Scottish Leaving Certificate Examination, 1958
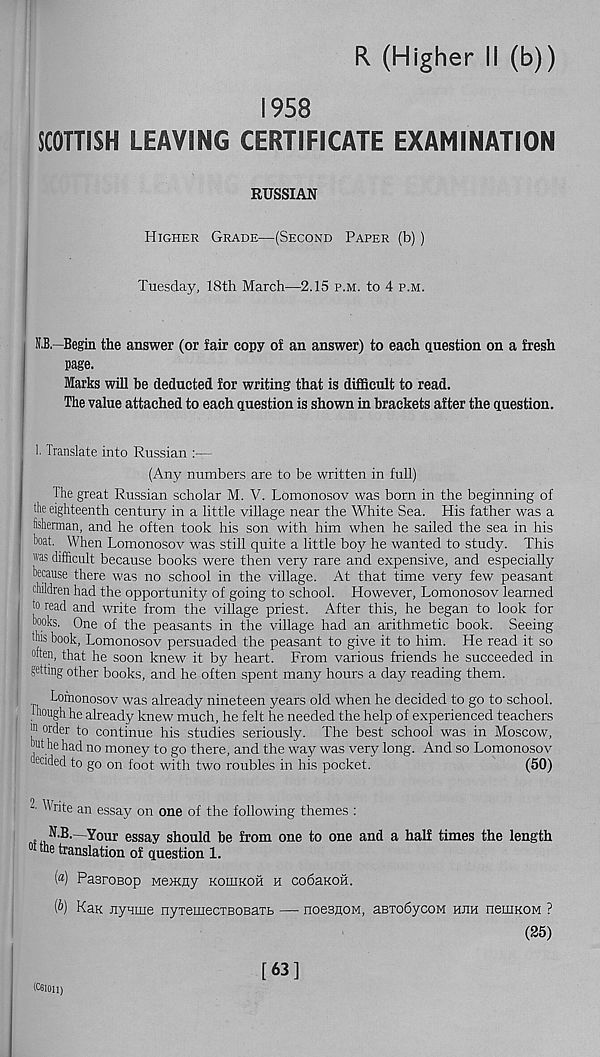
R (Higher II (b))
1958
SCOTTISH LEAVING CERTIFICATE EXAMINATION
RUSSIAN
Higher Grade—(Second Paper (b))
Tuesday, 18th March—2.15 p.m. to 4 p.m.
N.B,—Begin the answer (or fair copy of an answer) to each question on a fresh
page.
Marks will be deducted for writing that is difficult to read.
The value attached to each question is shown in brackets after the question.
1. Translate into Russian
(Any numbers are to be written in full)
The great Russian scholar M. V. Lomonosov was born in the beginning of
the eighteenth century in a little village near the White Sea. His father was a
fisherman, and he often took his son with him when he sailed the sea in his
boat. When Lomonosov was still quite a little boy he wanted to study. This
"'as difficult because books were then very rare and expensive, and especially
because there was no school in the village. At that time very few peasant
children had the opportunity of going to school. However, Lomonosov learned
b read and write from the village priest. After this, he began to look for
hooks. One of the peasants in the village had an arithmetic book. Seeing
this book, Lomonosov persuaded the peasant to give it to him. He read it so
dten, that he soon knew it by heart. From various friends he succeeded in
getting other books, and he often spent many hours a day reading them.
Lomonosov was already nineteen years old when he decided to go to school,
though he already knew much, he felt he needed the help of experienced teachers
|n order to continue his studies seriously. The best school was in Moscow,
hut he had no money to go there, and the way was very long. And so Lomonosov
decided to go on foot with two roubles in his pocket.
(50)
- W rite an essay on one of the following themes :
. N,B -—Your essay should be from one to one and a half times the length
the translation of question 1.
(«) PaaroBop Mencny koihkoh h codaKoft.
(&) Kan Jiyume nyxeiueciBOBaTb — noesnoM, aBTodycow hjih neuiKOM ?
(25)
(C61011)
[63]